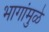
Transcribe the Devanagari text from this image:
भागांमुळे